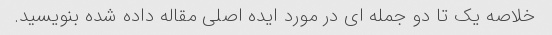
خلاصه یک تا دو جمله ای در مورد ایده اصلی مقاله داده شده بنویسید.